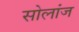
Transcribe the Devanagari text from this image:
सोलांज